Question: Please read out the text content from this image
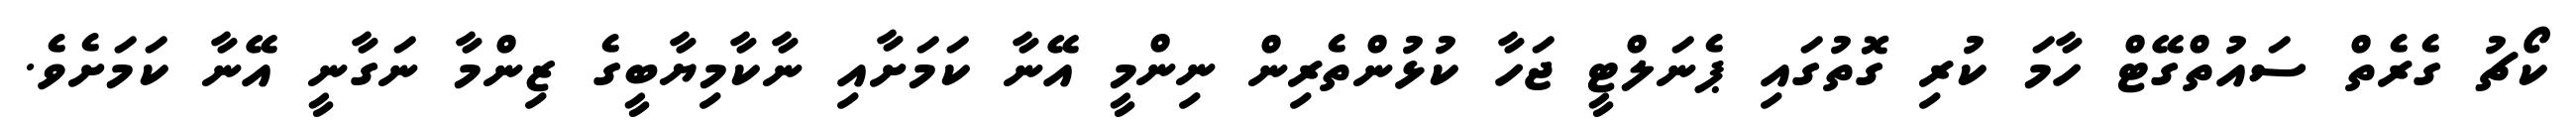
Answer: ކޯޗު ގެރެތް ސައުތްގޭޓް ހާމަ ކުރި ގޮތުގައި ޕެނަލްޓީ ޖަހާ ކުޅުންތެރިން ނިންމީ އޭނާ ކަމަށާއި ނާކާމިޔާބީގެ ޒިންމާ ނަގާނީ އޭނާ ކަމަށެވެ.